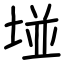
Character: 𡌶